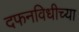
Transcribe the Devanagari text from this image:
दफनविधीच्या